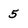
Character: 5